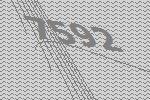
7592